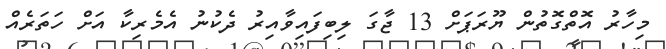
މިހާރު އޮތްގޮތުން ޔޫރަޕަށް 13 ޖާގަ ލިބިފައިވާއިރު ދެކުނު އެމެރިކާ އަށް ހަތަރެއް